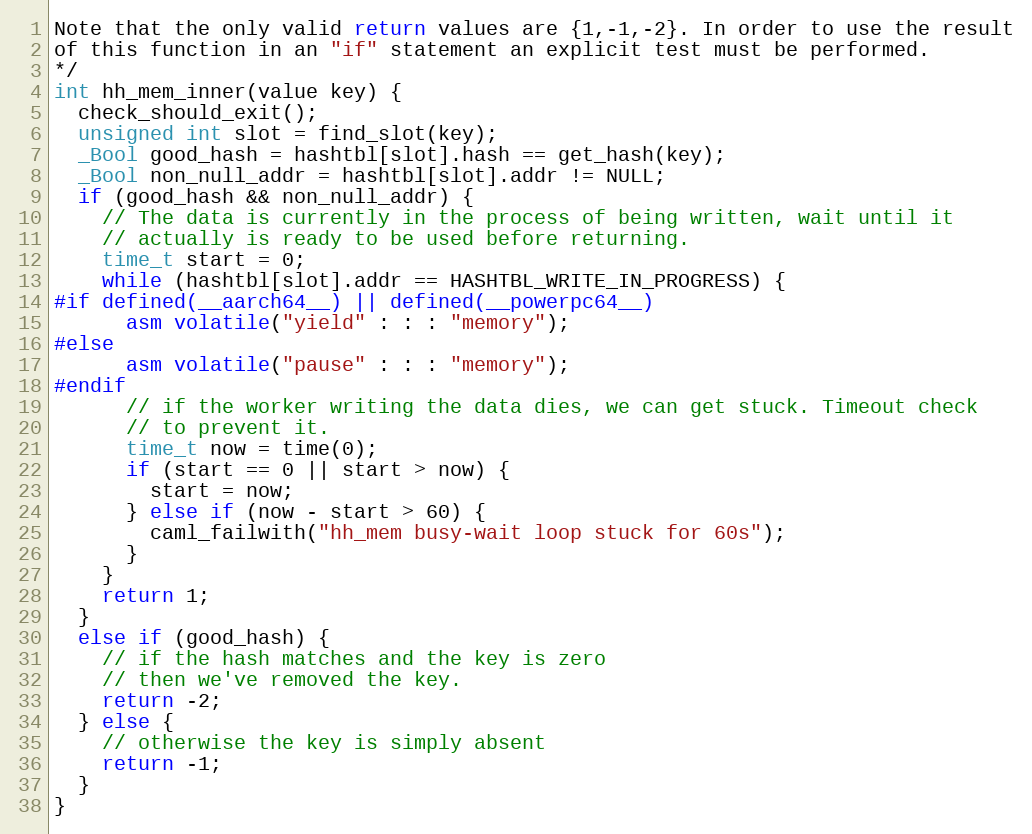
Language: C
Note that the only valid return values are {1,-1,-2}. In order to use the result
of this function in an "if" statement an explicit test must be performed.
*/
int hh_mem_inner(value key) {
  check_should_exit();
  unsigned int slot = find_slot(key);
  _Bool good_hash = hashtbl[slot].hash == get_hash(key);
  _Bool non_null_addr = hashtbl[slot].addr != NULL;
  if (good_hash && non_null_addr) {
    // The data is currently in the process of being written, wait until it
    // actually is ready to be used before returning.
    time_t start = 0;
    while (hashtbl[slot].addr == HASHTBL_WRITE_IN_PROGRESS) {
#if defined(__aarch64__) || defined(__powerpc64__)
      asm volatile("yield" : : : "memory");
#else
      asm volatile("pause" : : : "memory");
#endif
      // if the worker writing the data dies, we can get stuck. Timeout check
      // to prevent it.
      time_t now = time(0);
      if (start == 0 || start > now) {
        start = now;
      } else if (now - start > 60) {
        caml_failwith("hh_mem busy-wait loop stuck for 60s");
      }
    }
    return 1;
  }
  else if (good_hash) {
    // if the hash matches and the key is zero
    // then we've removed the key.
    return -2;
  } else {
    // otherwise the key is simply absent
    return -1;
  }
}